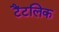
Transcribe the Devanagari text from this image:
टैंटलिक